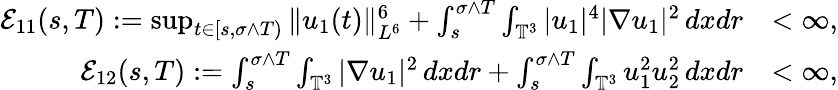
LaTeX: \begin{array}{rl}{\mathcal{E}_{11}(s,T):=\operatorname*{sup}_{t\in[s,\sigma\wedge T)}\| u_{1}(t)\| _{L^{6}}^{6}+\int_{s}^{\sigma\wedge T}\int_{\mathbb{T}^{3}}|u_{1}|^{4}|\nabla u_{1}|^{2}\, dxdr}&{<\infty,}\\ {\mathcal{E}_{12}(s,T):=\int_{s}^{\sigma\wedge T}\int_{\mathbb{T}^{3}}|\nabla u_{1}|^{2}\, dxdr+\int_{s}^{\sigma\wedge T}\int_{\mathbb{T}^{3}}u_{1}^{2}u_{2}^{2}\, dxdr}&{<\infty,}\end{array}